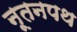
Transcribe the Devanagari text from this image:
नूतनपथ